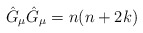
\begin{align*}\hat{G}_{\mu}\hat{G}_{\mu}=n(n+2k) \end{align*}